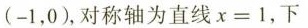
(-1，0)，对称轴为直线$$x = 1$$，下